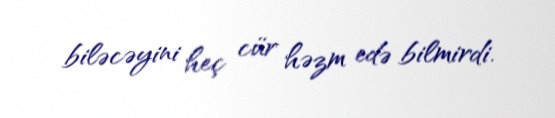
biləcəyini heç cür həzm edə bilmirdi.